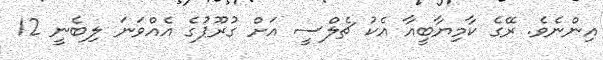
އިންނެވެ. ރޭގެ ކާމިޔާބީއާ އެކު ޗެލްސީ އަށް ގުރޫޕުގެ އެއްވަނަ ލިބެނީ 12